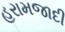
હરામજાદી